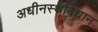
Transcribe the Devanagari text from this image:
अधीनस्थविधान